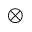
\otimes